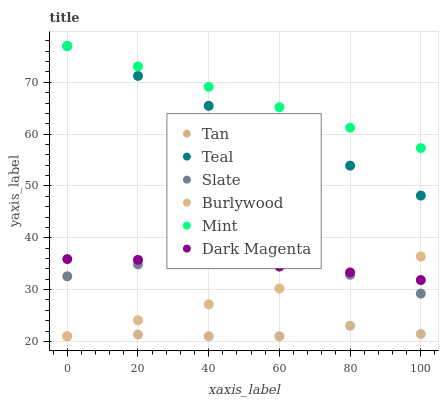
| xaxis_label | Tan | Teal | Slate | Burlywood | Mint | Dark Magenta |
 | --- | --- | --- | --- | --- | --- | --- |
 | 0 | 21 | 77 | 32.6 | 21 | 77 | 35.9 |
 | 20 | 21.3 | 71.2 | 34.9 | 24.1 | 73.1 | 35.7 |
 | 40 | 21 | 65.5 | 35.7 | 27.2 | 69.1 | 35.3 |
 | 60 | 21 | 59.7 | 35 | 30.2 | 65.2 | 34.4 |
 | 80 | 23 | 53.9 | 32.9 | 33.3 | 61.2 | 33.3 |
 | 100 | 21.4 | 48.1 | 29.2 | 36.4 | 57.3 | 31.8 |